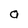
Character: o